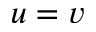
u = v